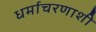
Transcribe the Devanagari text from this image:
धर्माचरणाशी